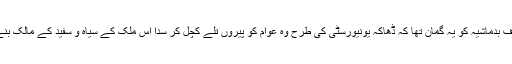
دوسری طرف بدماشیہ کو یہ گمان تھا کہ ڈھاکہ یونیورسٹی کی طرح وہ عوام کو پیروں تلے کچل کر سدا اس ملک کے سیاہ و سفید کے مالک بنے رہیں گے۔